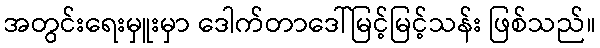
အတွင်းရေးမှူးမှာ ဒေါက်တာဒေါ်မြင့်မြင့်သန်း ဖြစ်သည်။